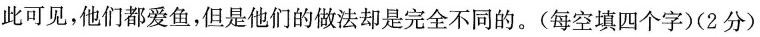
此可见，他们都爱鱼，但是他们的做法却是完全不同的。(每空填四个字)(2分)